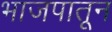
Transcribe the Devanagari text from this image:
भाजपातून